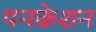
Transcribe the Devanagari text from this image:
पनक्रेशन